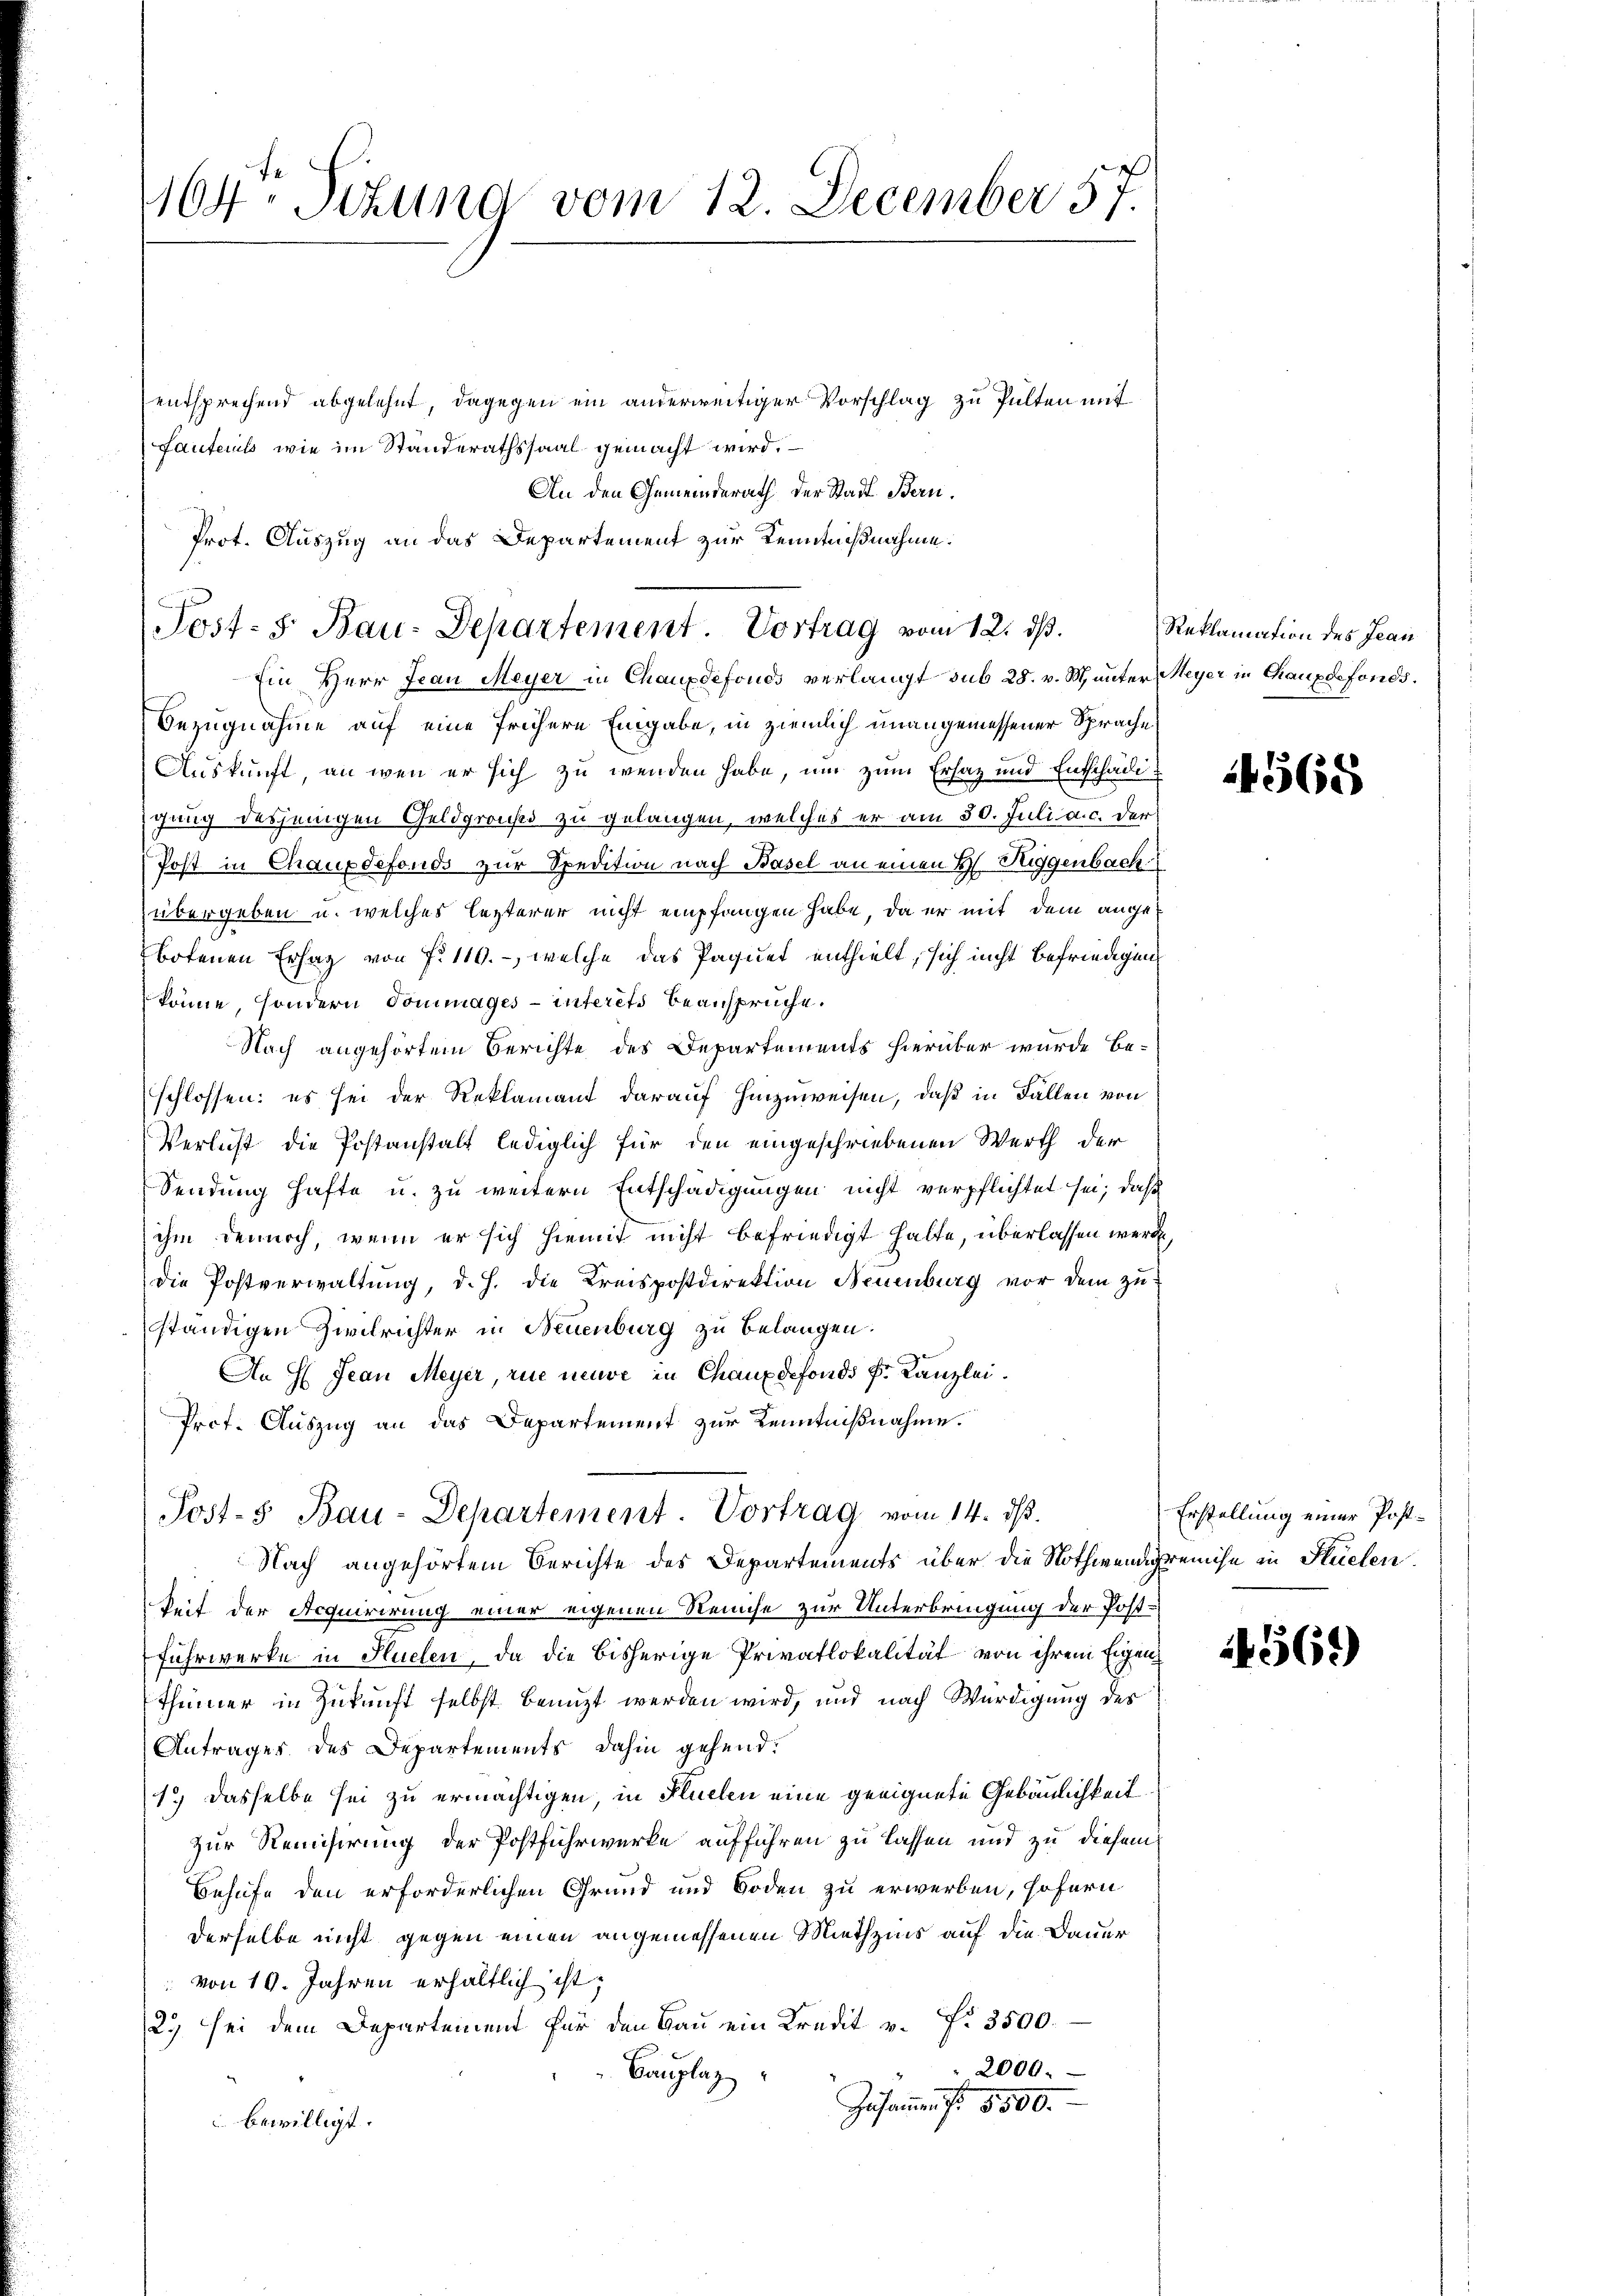
164. Setzung vom 12. December 57.

entsprechend abgelehnt, dagegen ein anderweitiger Vorschlag zu Pulten mit
Fautenuss wie im Standerathssaal gemacht wird.
An den Gemeinderath der Stadt Bern.
Bezugnahme auf eine frühere Eingabe, in ziemlich unangemessener Sprache
Auskunft, an wenn er sich zu wenden habe, um zum Ersatz und Entschädigung desjenigen Geldgrouse zu gelangen, welches er am 30. Juli a.c. der
Post in Chauxdefonds zur Spedition nach Basel an einen H. Riggenbach
übergeben u. welches lezterer nicht empfangen habe, da er mit dem angebotenen Ersatz von 7. 119. -, welche das Paquet enthielt, sich nicht befriedigen
könne, sondern Tommages-interets beansprüche.
Nach angehörtem Berichte des Departements hierüber wurde be-
schlossen: es sei der Reklamant darauf hinzuweisen, daß in Fallen von
Verlust die Postanstalt lediglich für den eingeschriebenen Werth der
Sendung hafte u. zu weitern Entschädigungen nicht verpflichtet sei, daß
ihm dennoch, wenn er sich hiemit nicht befriedigt halte, überlassen werden,
die Postverwaltung, d. h. die Kreispostdirektion Neuenburg vor dem zuständigen Zivilrichter in Neuenburg zu belangen.
An H Jean Meyer, rue neuve in Chauxdefonds k. Kanzlei.
Prof. Auszug an das Departement zur Kenntnißnahme.
Post-3 Bau-Departement. Vortrag vom 14. ds.
Nach angehörtem Berichte des Departements über die Nothwendigreiche in Stücken.
keit der Acquirirung einer eigenen Reiche zur Unterbringung der Post¬
Fuhrwerke in Kuchen, da die bisherige Privatlokalität von ihrem Eigen¬
Thümer in Zukunft selbst benuzt werden wird, und nach Würdigung des
Anträger des Departements dahin gehend:
1.) Dasselbe sei zu ermächtigen, in Flüelen eine geeignete Gebäulichkeit.
zur Remisirung der Postfuhrwerke aufführen zu lassen und zu diesem
Behufe den erforderlichen Grund und Boden zu erwerben, sofern
derselbe nicht gegen einen angemessenen Miethzins auf die Dauer
von 10. Jahren erhältlich ist,
2.) sei dem Departement für den Bau ein Kredit v. Fr. 3500.
2000.
Bauplaz
Zusammen f. 5500.
 bewilligt.

Prot. Auszug an das Departement zur Kenntnißnahme.
Post- s. Bau-Departement. Vortrag vom 12. ds.
Ein Herr Jean Meyer in Chauxdefonds verlangt sub 28. v. M. unter Meyer in Chauxdefonds.

Reklamation des Jean

4568

Erstellung einer Post¬

456)